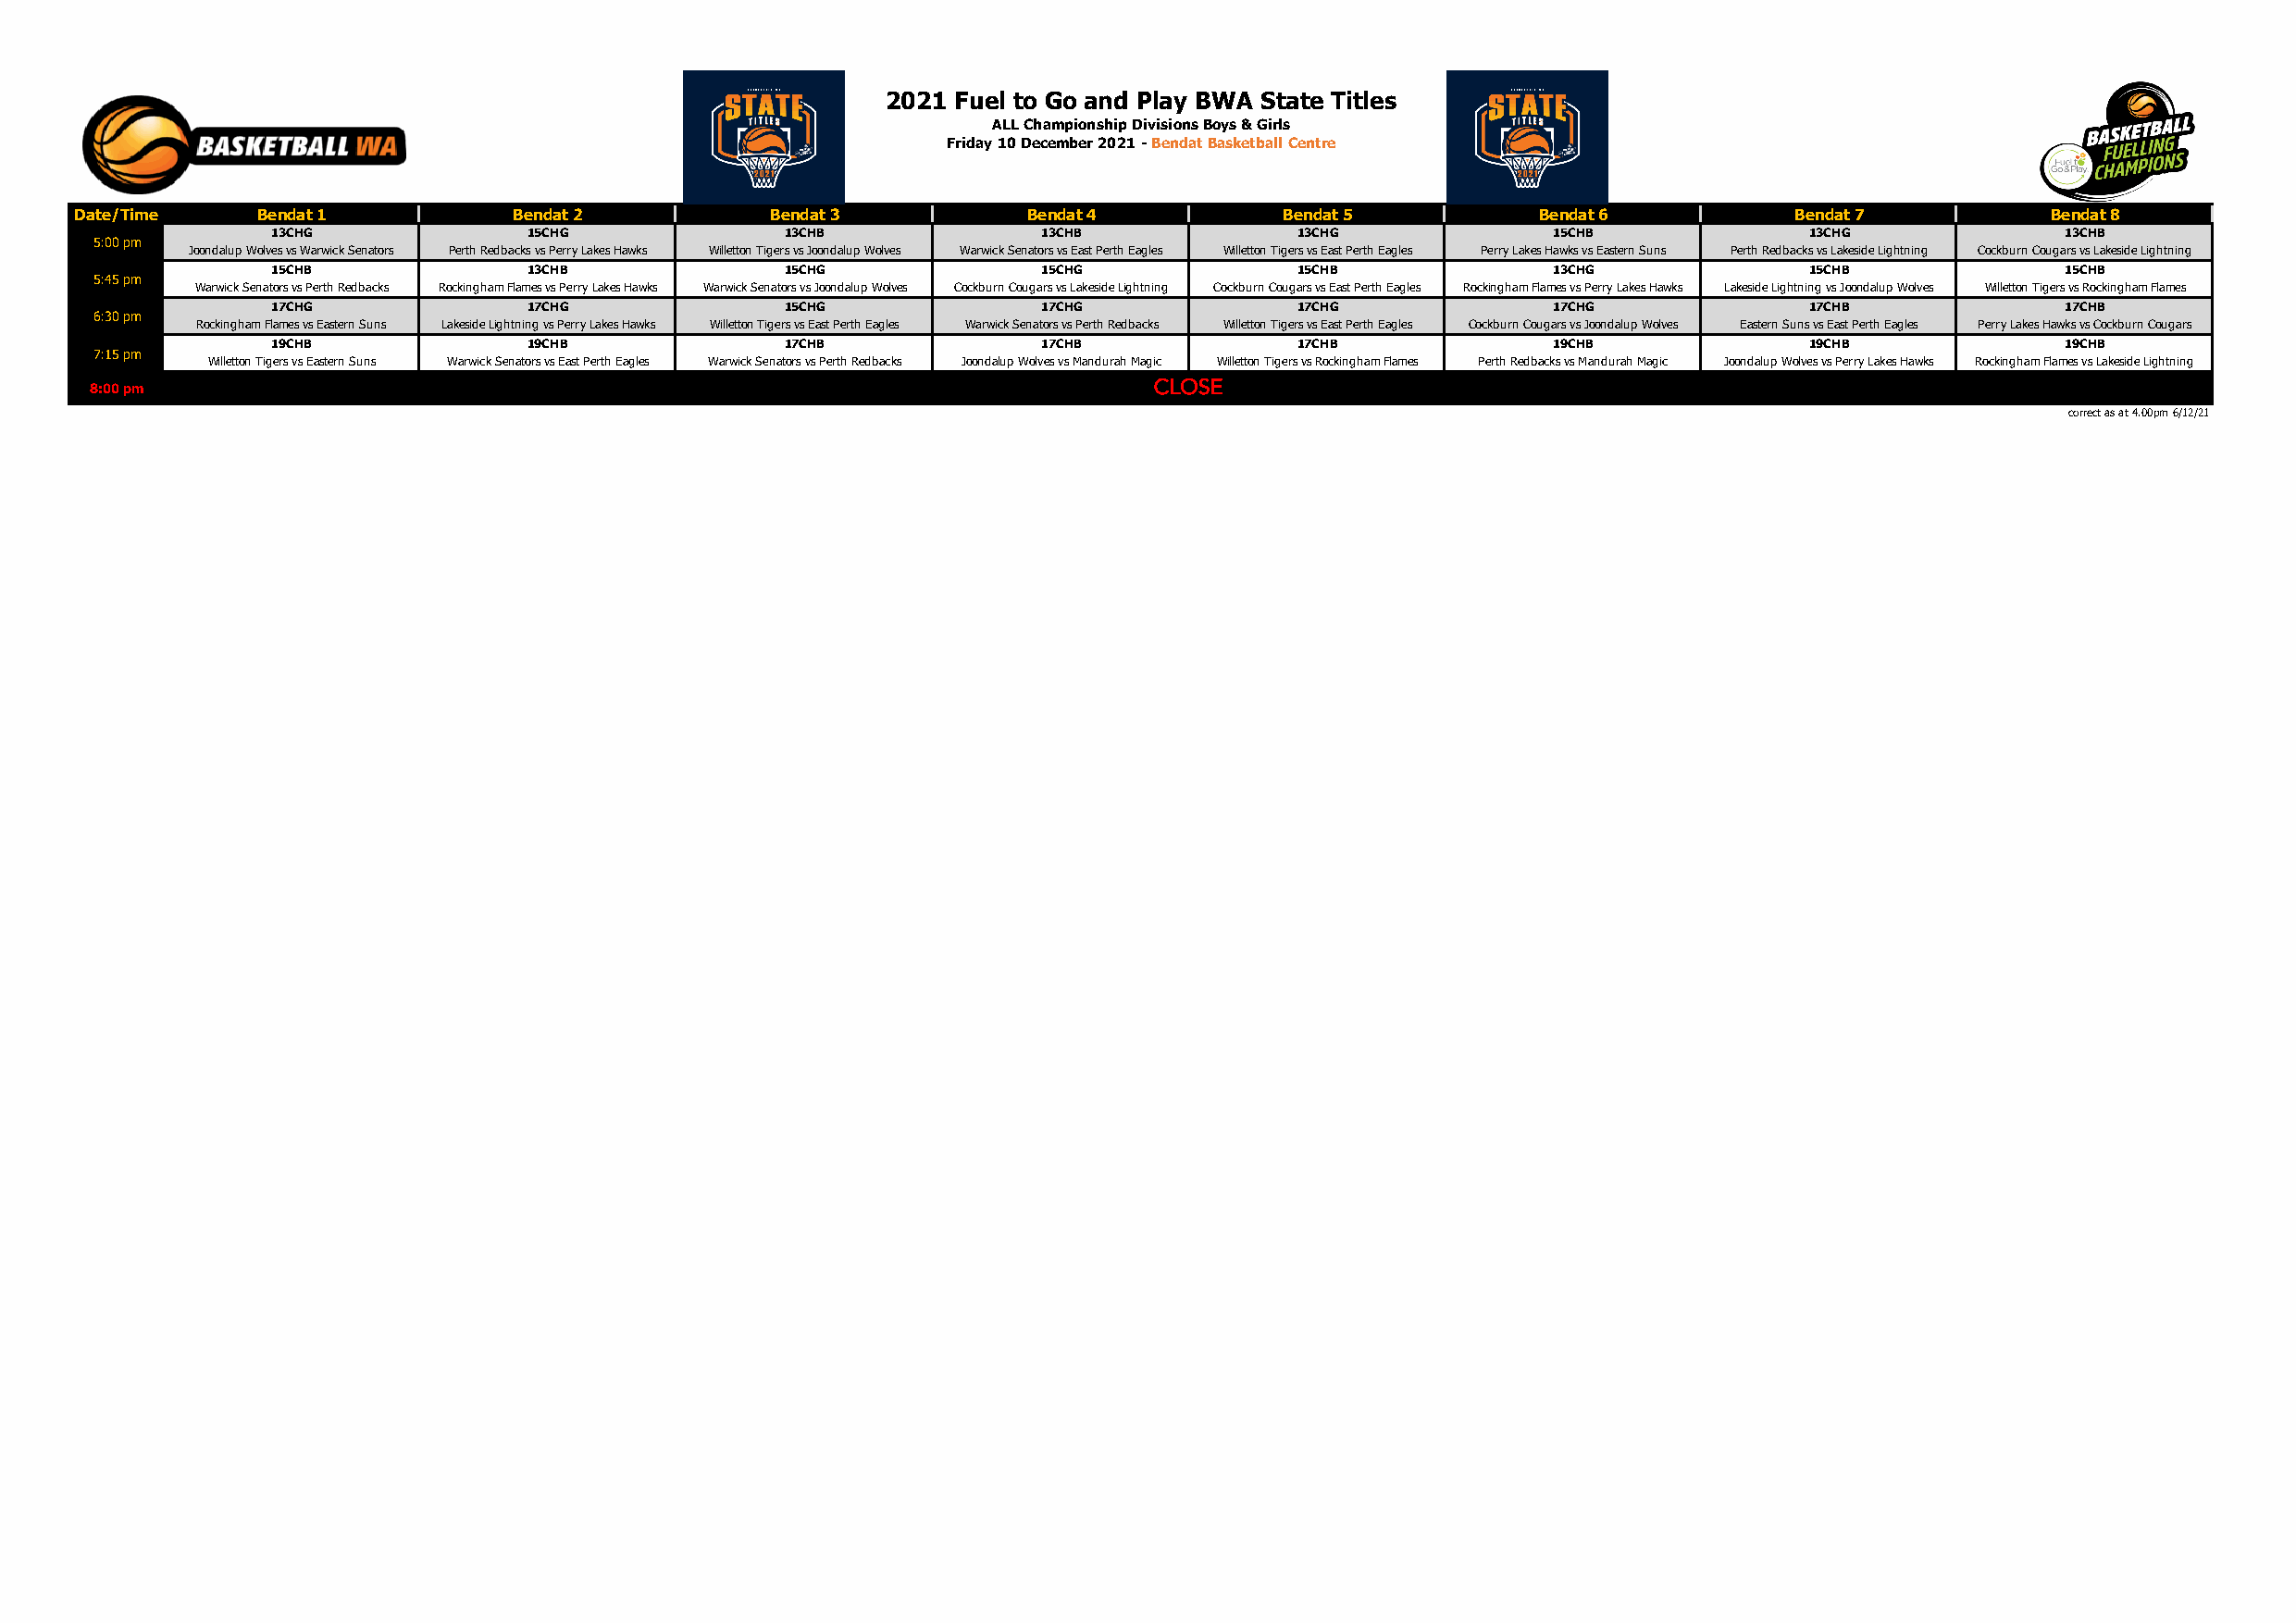
2021 Fuel to Go and Play BWA State Titles
 ALL Championship Divisions Boys & Girls
 Friday 10 December 2021 - Bendat Basketball Centre
 Date/Time    Bendat 1           Bendat 2          Bendat 3          Bendat 4           Bendat 5          Bendat 6          Bendat 7           Bendat 8
 13CHG              15CHG             13CHB             13CHB              13CHG             15CHB             13CHG              13CHB
 5:00 pm
 Joondalup Wolves vs Warwick Senators Perth Redbacks vs Perry Lakes Hawks Willetton Tigers vs Joondalup Wolves Warwick Senators vs East Perth Eagles Willetton Tigers vs East Perth Eagles Perry Lakes Hawks vs Eastern Suns Perth Redbacks vs Lakeside Lightning Cockburn Cougars vs Lakeside Lightning
 15CHB              13CHB             15CHG             15CHG              15CHB             13CHG             15CHB              15CHB
 5:45 pm
 Warwick Senators vs Perth Redbacks Rockingham Flames vs Perry Lakes Hawks Warwick Senators vs Joondalup Wolves Cockburn Cougars vs Lakeside Lightning Cockburn Cougars vs East Perth Eagles Rockingham Flames vs Perry Lakes Hawks Lakeside Lightning vs Joondalup Wolves Willetton Tigers vs Rockingham Flames
 17CHG              17CHG             15CHG             17CHG              17CHG             17CHG             17CHB              17CHB
 6:30 pm
 Rockingham Flames vs Eastern Suns Lakeside Lightning vs Perry Lakes Hawks Willetton Tigers vs East Perth Eagles Warwick Senators vs Perth Redbacks Willetton Tigers vs East Perth Eagles Cockburn Cougars vs Joondalup Wolves Eastern Suns vs East Perth Eagles Perry Lakes Hawks vs Cockburn Cougars
 19CHB              19CHB             17CHB             17CHB              17CHB             19CHB             19CHB              19CHB
 7:15 pm
 Willetton Tigers vs Eastern Suns Warwick Senators vs East Perth Eagles Warwick Senators vs Perth Redbacks Joondalup Wolves vs Mandurah Magic Willetton Tigers vs Rockingham Flames Perth Redbacks vs Mandurah Magic Joondalup Wolves vs Perry Lakes Hawks Rockingham Flames vs Lakeside Lightning
 8:00 pm                                                                      CLOSE
 correct as at 4.00pm 6/12/21